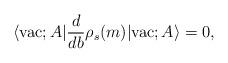
LaTeX: \begin{align*}\langle {\rm vac};A | \frac{d}{db} \rho_{s}(m) |{\rm vac};A \rangle= 0,\end{align*}